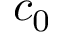
c _ { 0 }